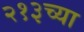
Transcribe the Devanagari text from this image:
२१३च्या